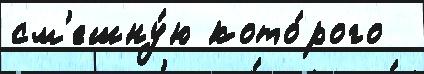
см'ешну́ю кото́рого